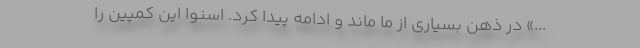
...» در ذهن بسیاری از ما ماند و ادامه پیدا کرد. اسنوا این کمپین را